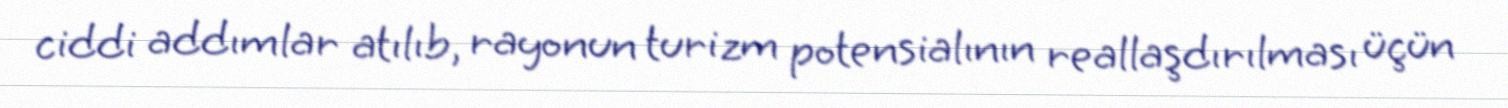
ciddi addımlar atılıb, rayonun turizm potensialının reallaşdırılması üçün